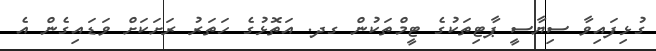
ގުޅިފައިވާ ސިޔާސީ ޕާޓިތަކުގެ ޓީމްތަކުން ގދ. އަތޮޅުގެ ހަތަރު ރަށަކަށް ވަޑައިގެން އެ